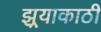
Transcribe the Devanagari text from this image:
झर्‍याकाठी